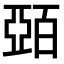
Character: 𫡷